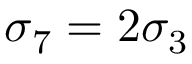
\sigma _ { 7 } = 2 \sigma _ { 3 }